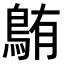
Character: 𫚸